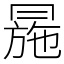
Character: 㒾